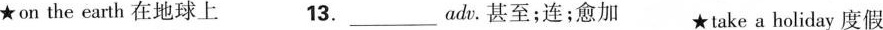
★on the earth在地球上 13.____________adv。甚至；连；愈加 ★take a holiday度假